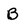
Character: B